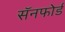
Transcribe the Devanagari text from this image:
सॅनफोर्ड